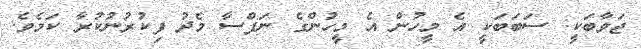
ޖަވާބަކީ: ސަބަބަކީ އެ މީހުން އެ މީހުންގެ ނަފްސާ މެދު ފިކުރުނުކުރާ ކަމެވެ.